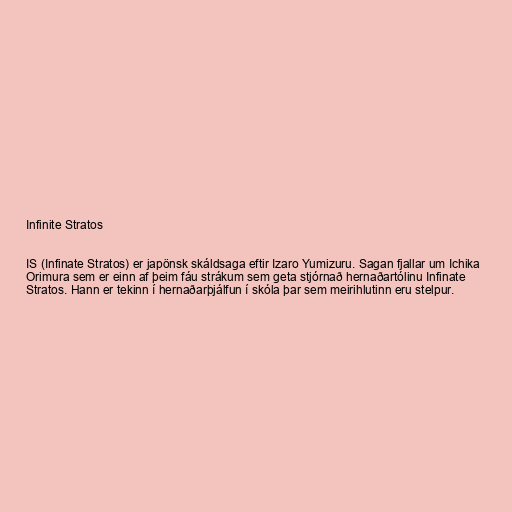
Infinite Stratos

IS (Infinate Stratos) er japönsk skáldsaga eftir Izaro Yumizuru. Sagan fjallar um Ichika
Orimura sem er einn af þeim fáu strákum sem geta stjórnað hernaðartólinu Infinate
Stratos. Hann er tekinn í hernaðarþjálfun í skóla þar sem meirihlutinn eru stelpur.